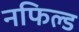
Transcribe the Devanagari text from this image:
नफिल्ड